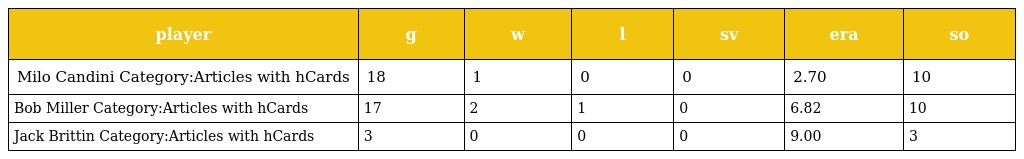
| player | g | w | l | sv | era | so |
 | --- | --- | --- | --- | --- | --- | --- |
 | Milo Candini Category:Articles with hCards | 18 | 1 | 0 | 0 | 2.70 | 10 |
 | Bob Miller Category:Articles with hCards | 17 | 2 | 1 | 0 | 6.82 | 10 |
 | Jack Brittin Category:Articles with hCards | 3 | 0 | 0 | 0 | 9.00 | 3 |